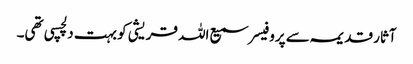
آثار قدیمہ سے پروفیسر سمیع اللہ قریشی کو بہت دلچسپی تھی۔